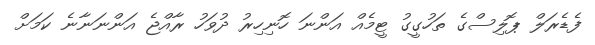
ފެޑެރަލް ޕޮލިސްގެ ތަހުގީގު ޓީމެއް އަންނަ ހޮނިހިރު ދުވަހު ރާއްޖެ އަންނަނާނެ ކަމަށް